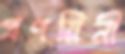
প্রণয়িনী